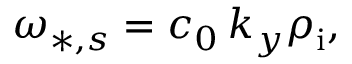
\omega _ { * , s } = c _ { 0 } \, k _ { y } \rho _ { \mathrm { i } } ,